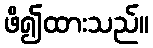
ဖိ၍ထားသည်။